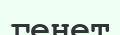
генет